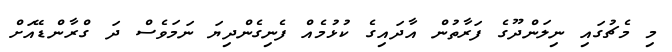
މި މެޗުގައި ނިލަންދޫގެ ފަރާތުން އާދައިގެ ކުޅުމެއް ފެނިގެންދިޔަ ނަމަވެސް ދަ ގްރާންޑޭއަށް